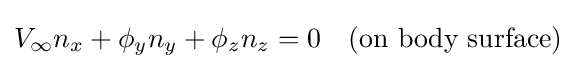
V_{\infty }n_{x}+\phi _{y}n_{y}+\phi _{z}n_{z}=0\quad {\mbox{(on body surface)}}